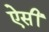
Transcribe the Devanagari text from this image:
ऐसीं